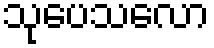
သုပေသလော